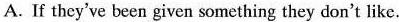
A. If they've been given something they don't like.